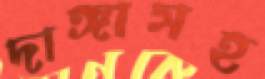
দাঙ্গাসহ